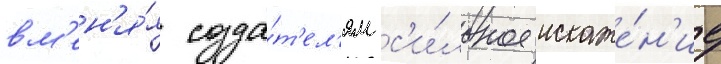
вм'ен'я́я созда́т'ел'ям с'и́льное искаже́н'ие